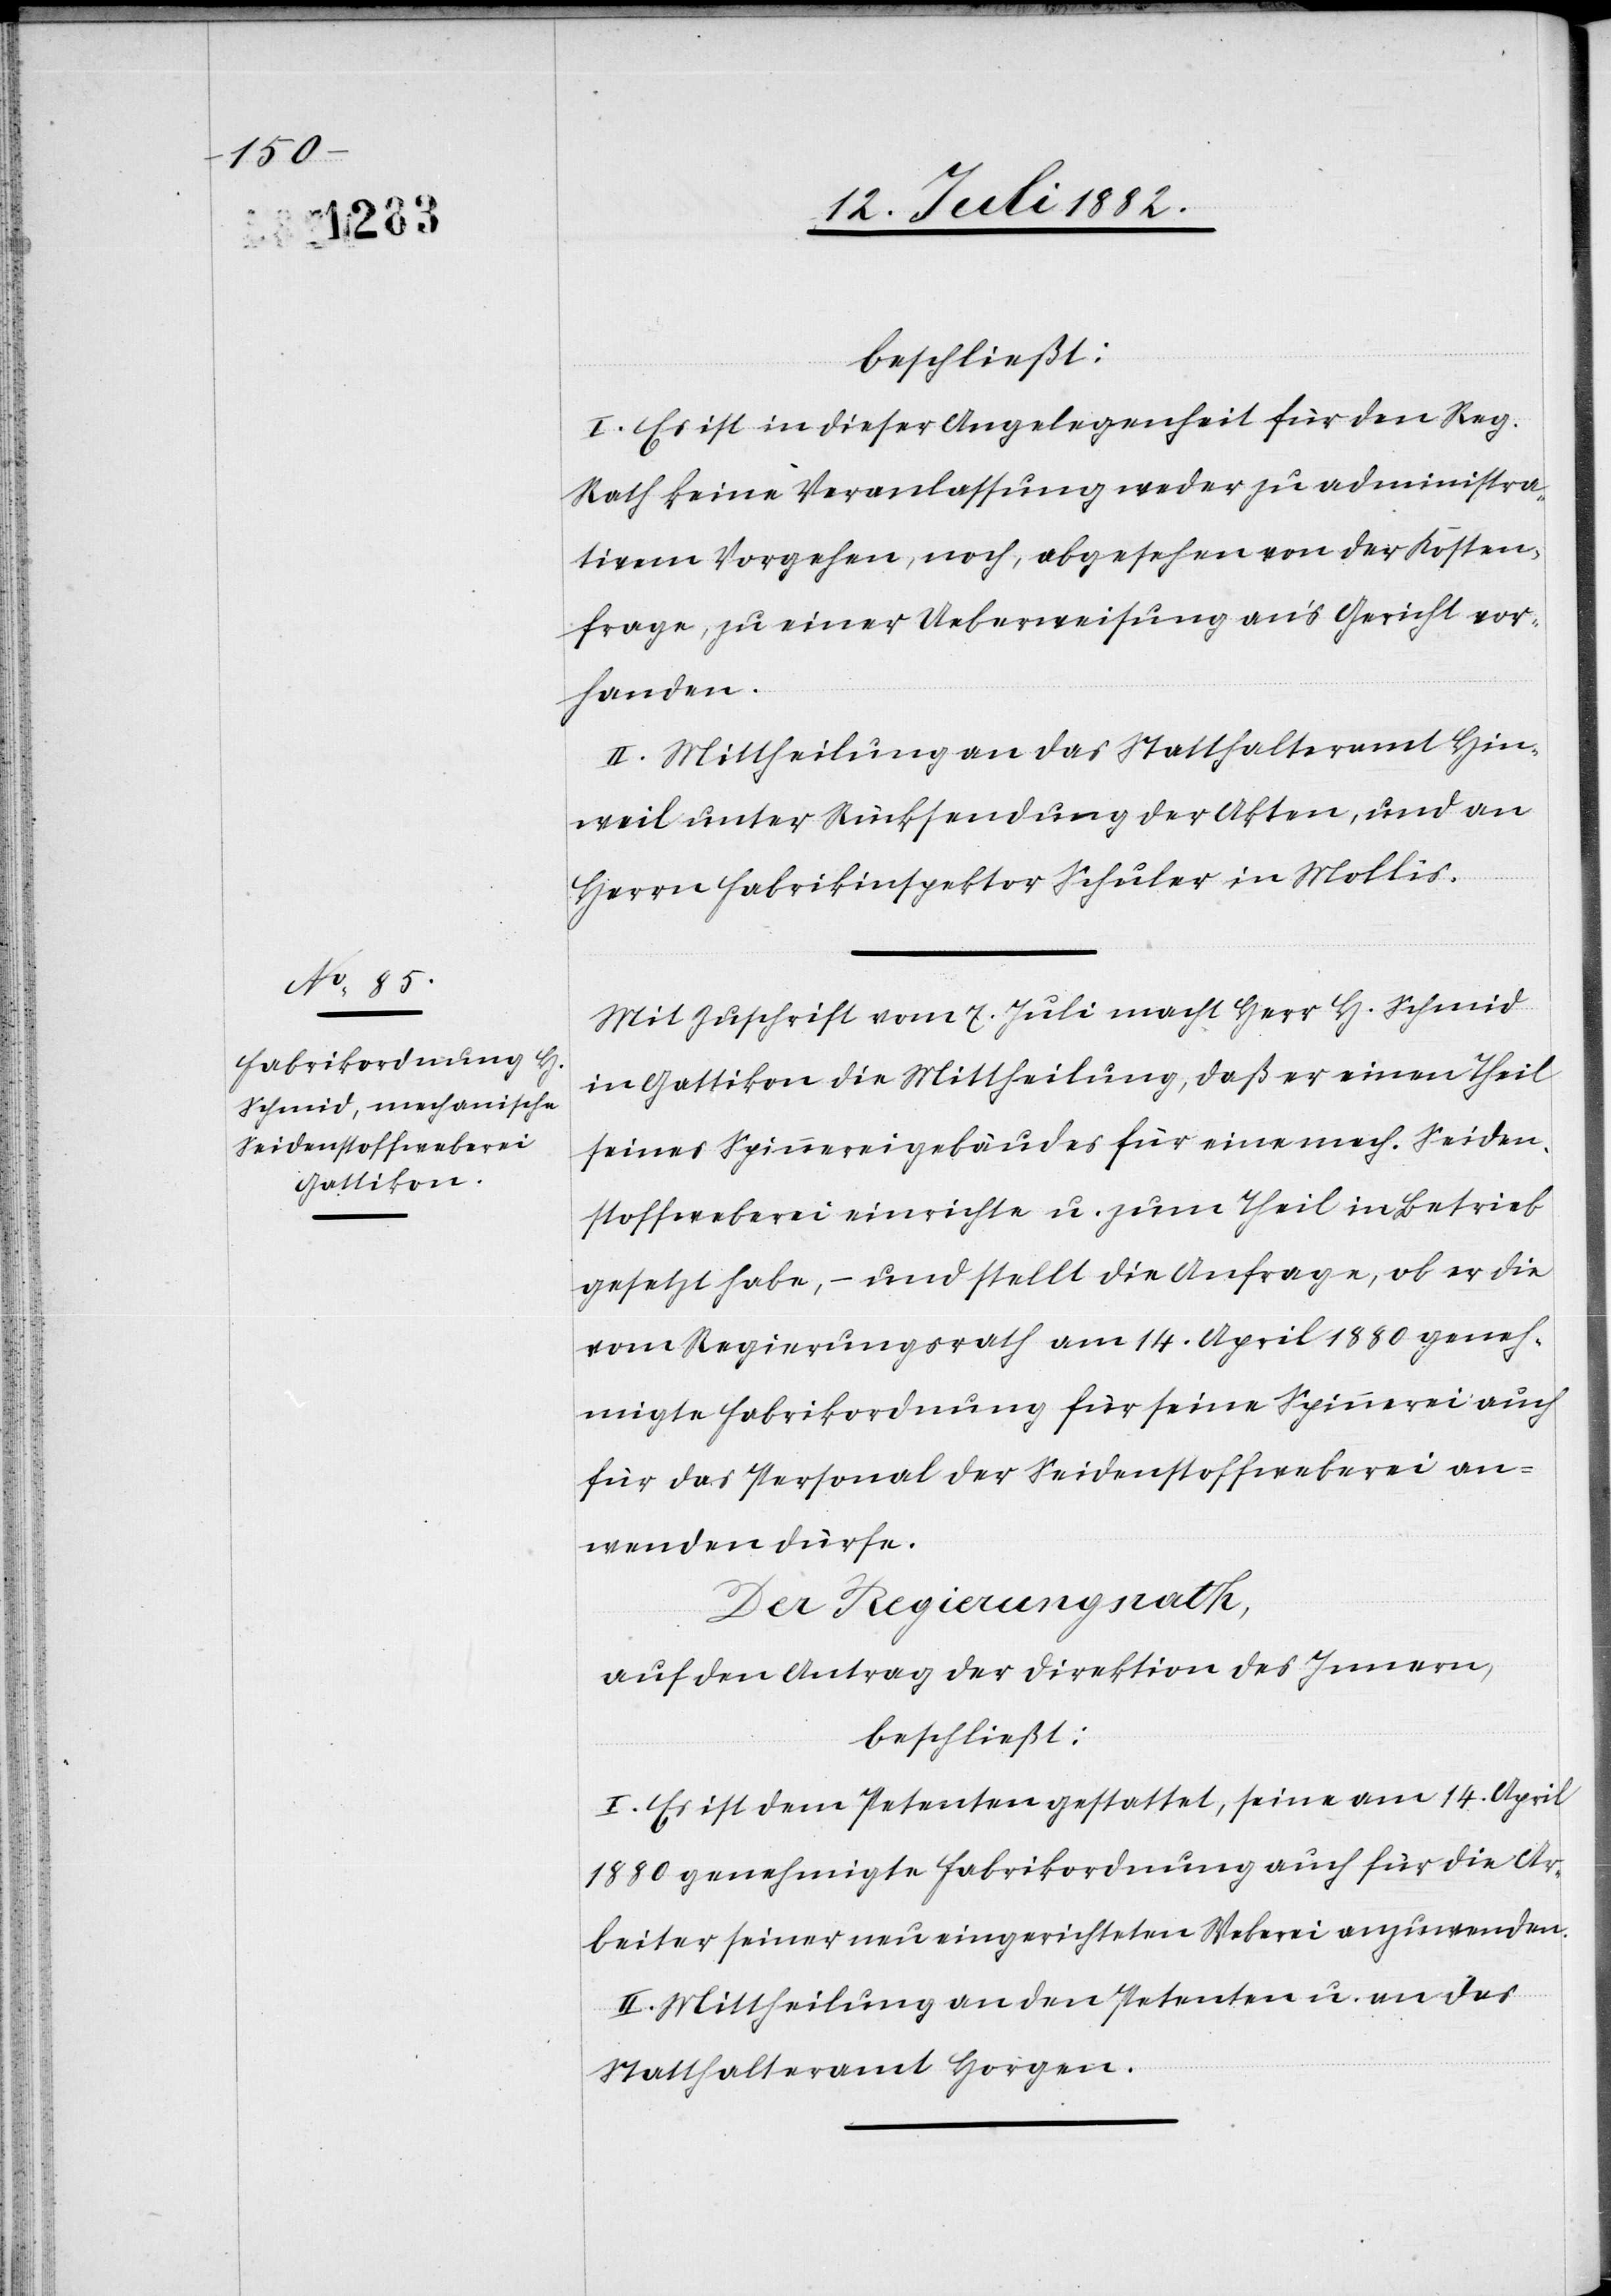
beschließt:
I. Es ist in dieser Angelegenheit für den Reg.
Rath keine Veranlassung weder zu administra¬
tivem Vorgehen, noch, abgesehen von der Kosten¬
frage, zu einer Ueberweisung an’s Gericht vor¬
handen.
II. Mittheilung an das Statthalteramt Hin¬
weil unter Rücksendung der Akten, und an
Herrn Fabrikinspektor Schuler in Mollis.
Mit Zuschrift vom 7. Juli macht Herr H. Schmid
in Gattikon die Mittheilung, daß er einen Theil
seines Spinnereigebäudes für eine mech. Seiden¬
stoffweberei einrichte u. zum Theil in Betrieb
gesetzt habe, – und stellt die Anfrage, ob er die
vom Regierungsrath am 14. April 1880 geneh¬
migte Fabrikordnung für seine Spinnerei auch
für das Personal der Seidenstoffweberei an¬
wenden dürfe.
Der Regierungsrath,
auf den Antrag der Direktion des Innern,
beschließt:
I. Es ist dem Petenten gestattet, seine am 14. April
1880 genehmigte Fabrikordnung auch für die Ar¬
beiter seiner neu eingerichteten Weberei anzuwenden.
II. Mittheilung an den Petenten u. an das
Statthalteramt Horgen.